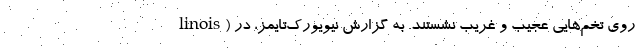
linois) روی تخم‌هایی عجیب و غریب نشستند. به گزارش نیویورک‌تایمز، در